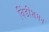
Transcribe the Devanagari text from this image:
विंडीशमन